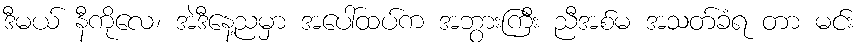
ဒီမယ် နီကိုလေ၊ အဲဒီနေ့ညမှာ အပေါ်ထပ်က အဘွားကြီး ညီအစ်မ အသတ်ခံရ တာ မင်း